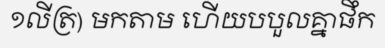
១លីត្រ) មកតាម ហើយបបួលគ្នាផឹក